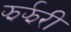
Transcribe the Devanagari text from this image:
झर्झरी